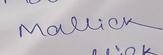
Signature authenticity: genuine